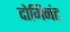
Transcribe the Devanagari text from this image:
दोमिनंट